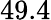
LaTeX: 49.4